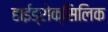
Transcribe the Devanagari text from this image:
हाईड्रोक्सिलिक